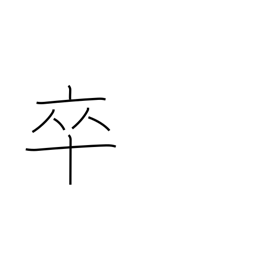
Meaning: private